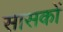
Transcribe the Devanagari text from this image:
सासकों